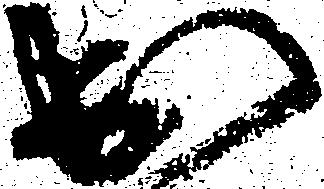
出